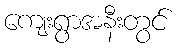
ကျေးရွာအနီးတွင်